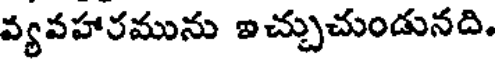
వ్యవహారమును ఐచ్చుచుండునది.